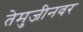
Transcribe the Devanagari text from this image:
तेमुजीनवर